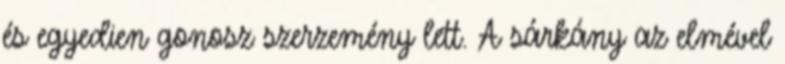
és egyedien gonosz szerzemény lett. A sárkány az elmével